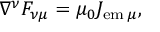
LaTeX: \nabla ^ { \nu } F _ { \nu \mu } = \mu _ { 0 } J _ { \mathrm { e m } \, \mu } ,